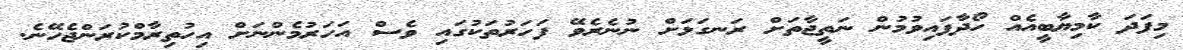
މިފަދަ ކާމިޔާބީއެއް ހޯދާފައިވުމުން ނަތީޖާތަށް ރަނގަޅަށް ނުނެރެވޭ ފަހަރުތަކުގައި ވެސް އަހަރުމެންނަށް އިހުތިރާމްކުރަންޖެހޭނެ.